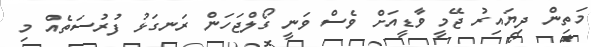
މަތިން ދިޔައިރު ޖޭމީ ވާޑީއަށް ވެސް ވަނީ ގޯލްޖަހަން ރަނގަޅު ފުރުސަތެއް މި